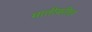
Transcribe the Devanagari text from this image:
मातीवरील